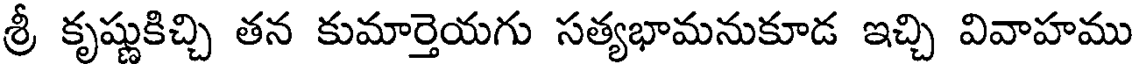
శ్రీ కృష్ణుకిచ్చి తన కుమార్తెయగు సత్యభామనుకూడ ఇచ్చి వివాహము